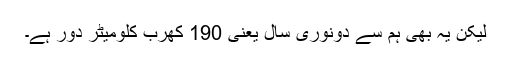
لیکن یہ بھی ہم سے دونوری سال یعنی 190 کھرب کلومیٹر دور ہے۔